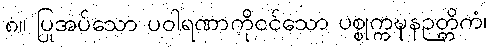
၈။ ပြုအပ်သော ပဝါရဏာကိုငင်သော ပစ္စုက္ကဍ္ဎနဉတ္တိကံ၊